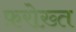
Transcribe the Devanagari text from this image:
फ़रोख़्त